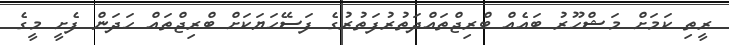
ރީތި ކަމަށް މަޝްހޫރު ބައެއް ބްރިޖްތައްދަތުރުފަތުރުގެ ފަސޭހަޔަކަށް ބްރިޖްތައް ހަދަން ފެށީ މީގެ